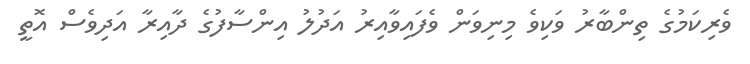
ވެރިކަމުގެ ތިންބާރު ވަކިވެ މިނިވަން ވެފައިވާއިރު އަދުލު އިންސާފުގެ ދާއިރާ އަދިވެސް އޮތީ